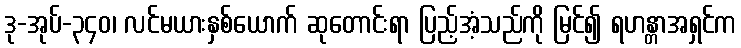
ဒု-အုပ်-၃၄၀၊ လင်မယားနှစ်ယောက် ဆုတောင်းရာ ပြည့်အံ့သည်ကို မြင်၍ ရဟန္တာအရှင်က